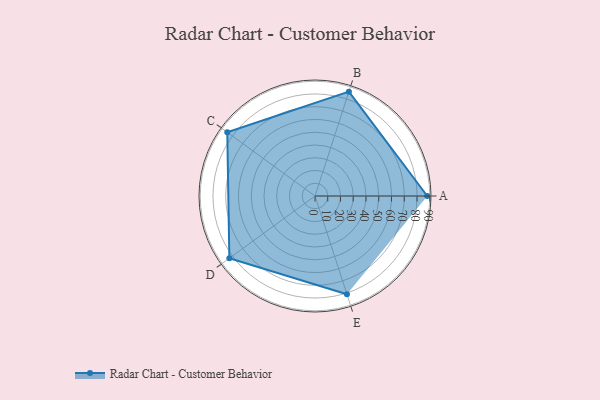
{"axis": {"x": "Skill", "y": "Score"}, "legend": ["Profile"], "data": [{"x": "A", "y": 88.0, "type": "Profile"}, {"x": "B", "y": 86.0, "type": "Profile"}, {"x": "C", "y": 85.0, "type": "Profile"}, {"x": "D", "y": 83.0, "type": "Profile"}, {"x": "E", "y": 81.0, "type": "Profile"}]}